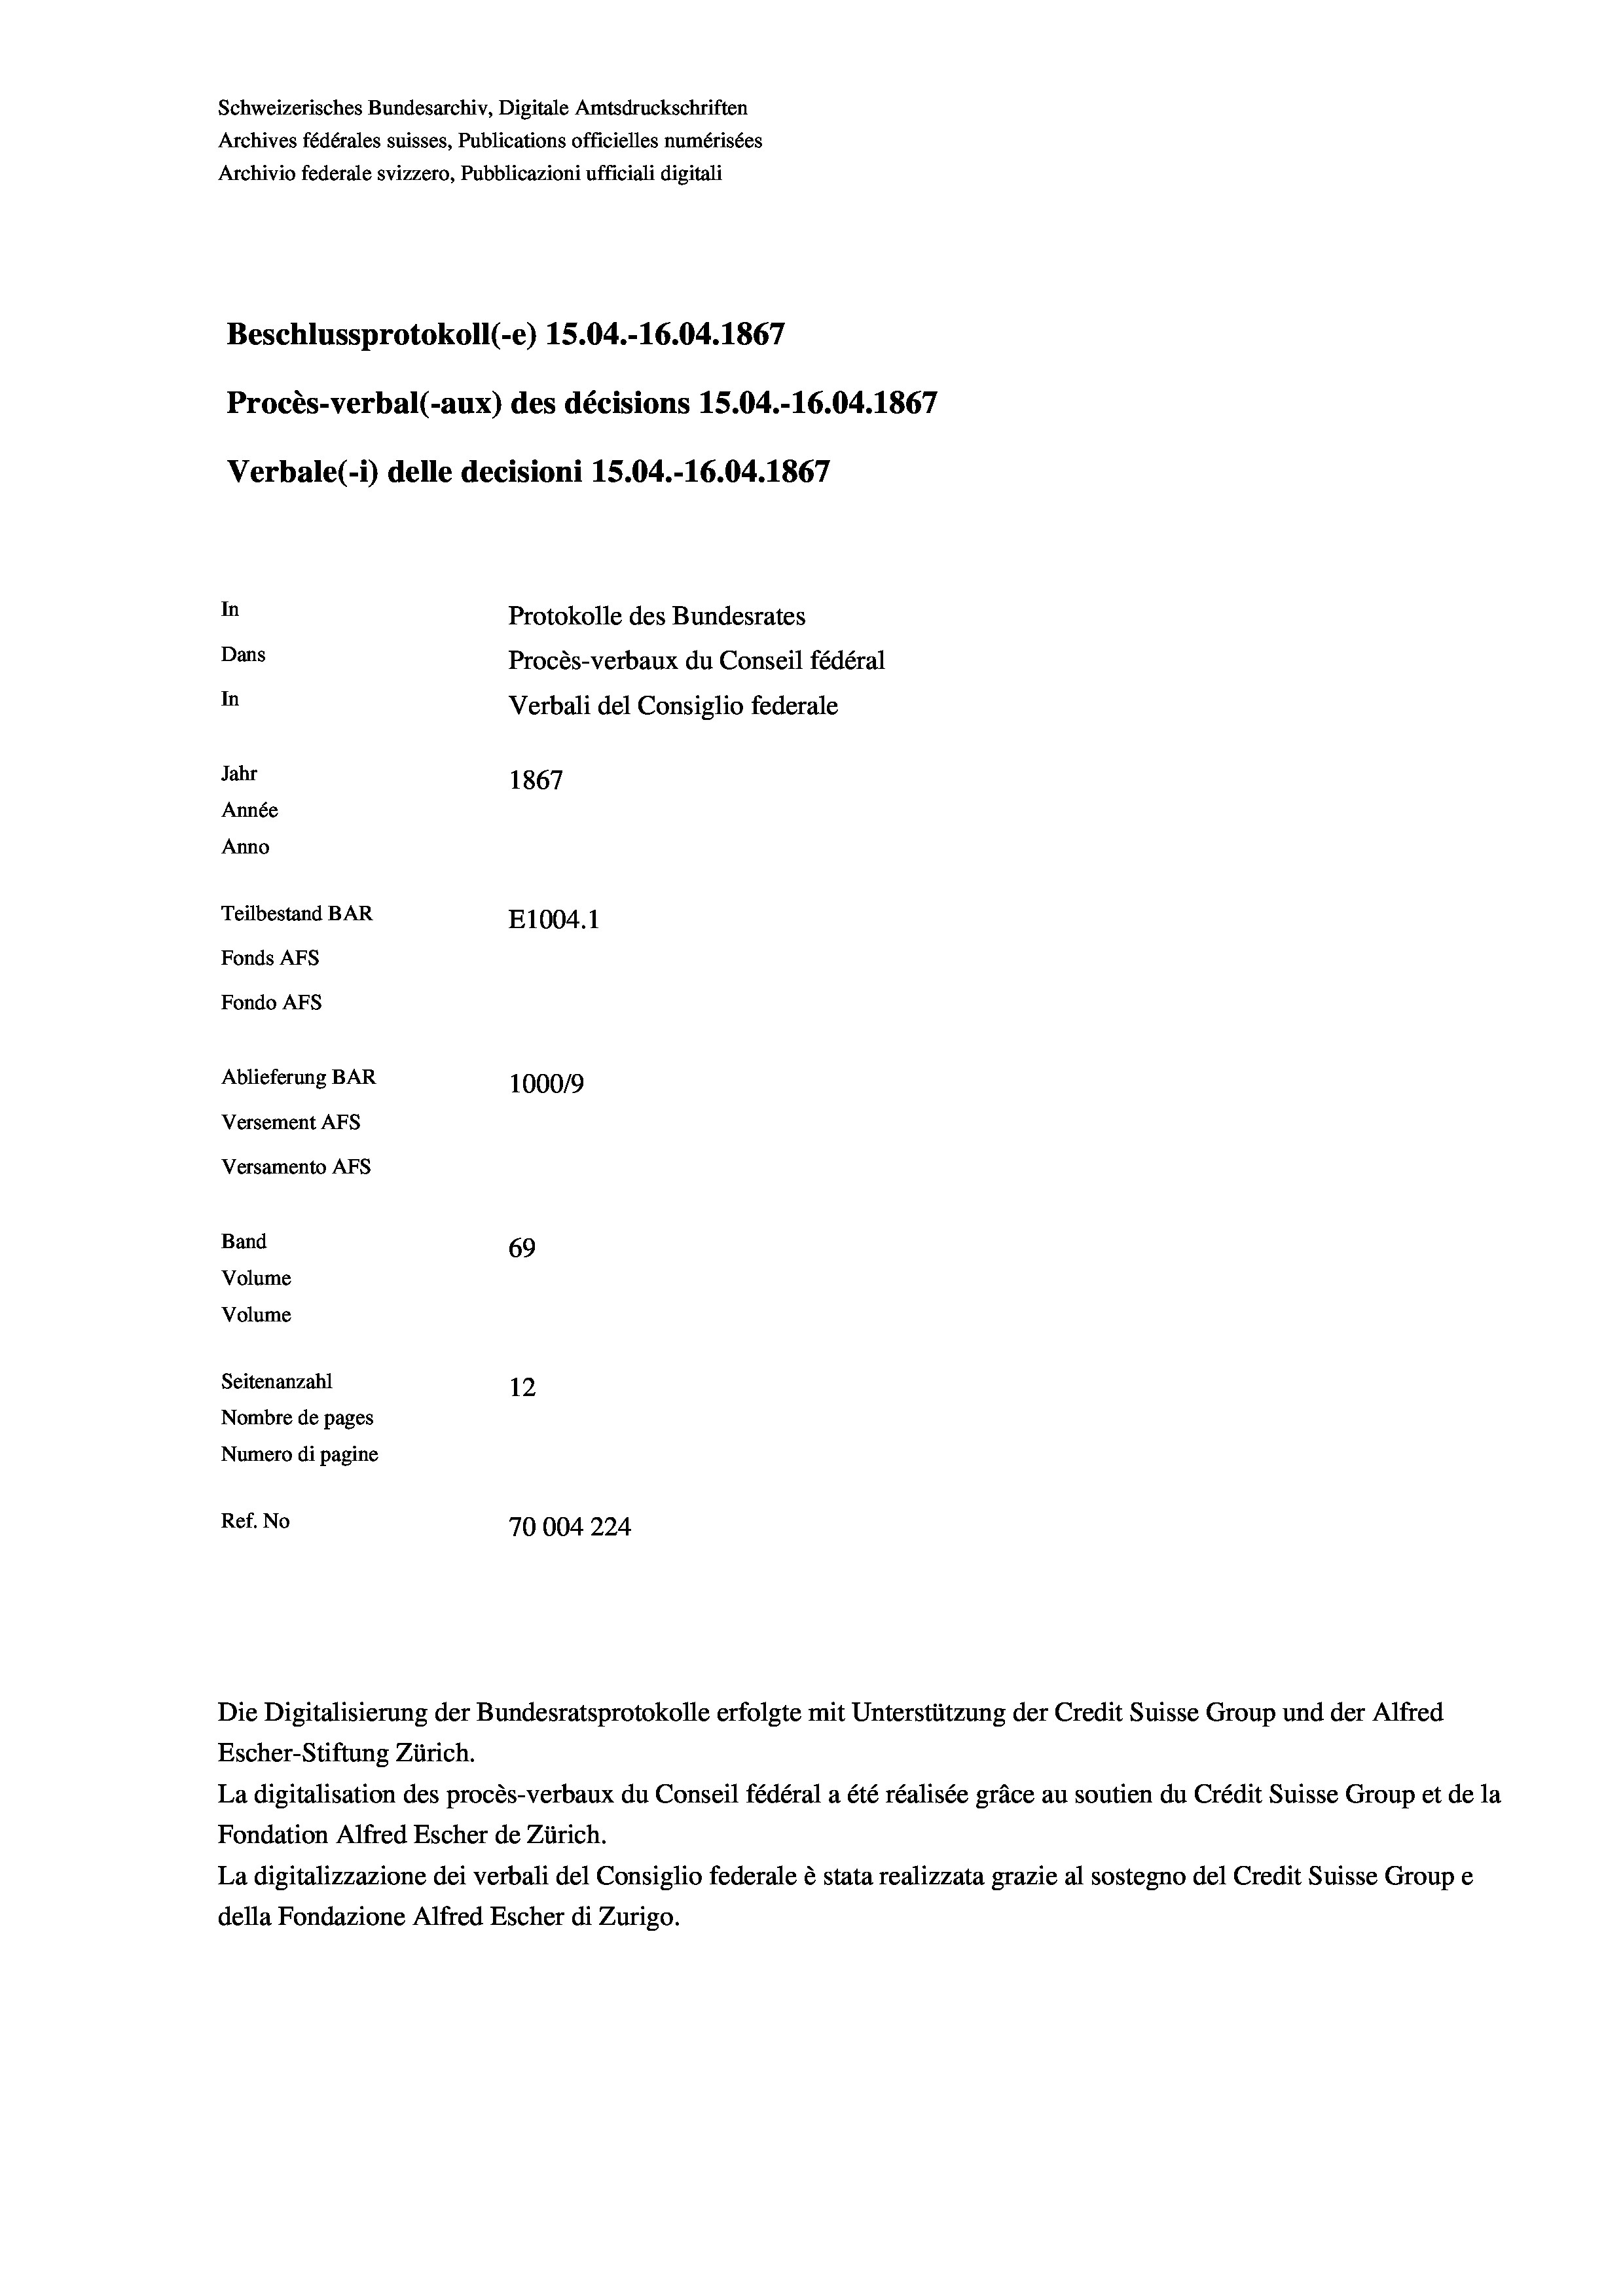
Schweizerisches Bundesarchiv, Digitale Amtsdruckschriften
Archives fédérales suisses, Publications officielles numérisées
Archivio federale svizzero, Pubblicazioni ufficiali digitali
Beschlussprotokoll (-e) 1S.04.-16.04. 1867
Procès-verbal (-aux) des décisions 15.04.-16.04. 1867
Verbale(-*) delle decisioni 15.04.-16.04. 1867
In
Protokolle des Bundesrates
Dans
Procès-verbaux du Conseil fédéral
In
Verbali del Consiglio federale
Jahr
1867
Année
Anno
Teilbestand BAR
E1004.1
Fonds Afs
Fondo Afs
Ablieferung BAR
100019
Versement AFs
Versamento AFs
Band
69
Volume
Volume

Seitenanzahl
12
Nombre de pages
Numero di pagine
Ref. No
70004224

Escher-Stiftung Zürich.
La digitalisation des procès-verbaux du Conseil fédéral a été réalisée gräce au soutien du Crédit Suisse Group et de la
Fondation Alfred Escher de Zürich.
La digitalizzazione dei verbali del Consiglio federale è stata realizzata grazie al sostegno del Credit Suisse Groupe
della Fondazione Alfred Escher di Zurigo.

Die Digitalisierung der Bundesratsprotokolle erfolgte mit Unterstützung der Credit Suisse Group und der Alfred